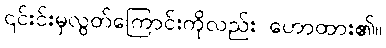
၎င်းင်းမှလွတ်ကြောင်းကိုလည်း ဟောထား၏။